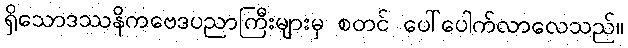
ရှိသောဒဿနိကဗေဒပညာကြီးများမှ စတင် ပေါ်ပေါက်လာလေသည်။